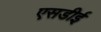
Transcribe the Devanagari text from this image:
एसडीई